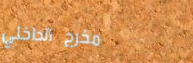
مخرج الداخلي